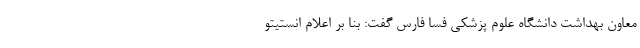
معاون بهداشت دانشگاه علوم پزشکی فسا فارس گفت: بنا بر اعلام انستیتو